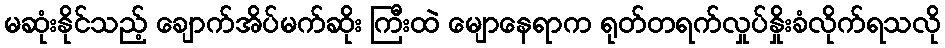
မဆုံးနိုင်သည့် ချောက်အိပ်မက်ဆိုး ကြီးထဲ မျောနေရာက ရုတ်တရက်လှုပ်နှိုးခံလိုက်ရသလို